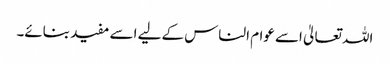
اللہ تعالیٰ اسے عوام الناس کے لیے اسے مفید بنائے۔